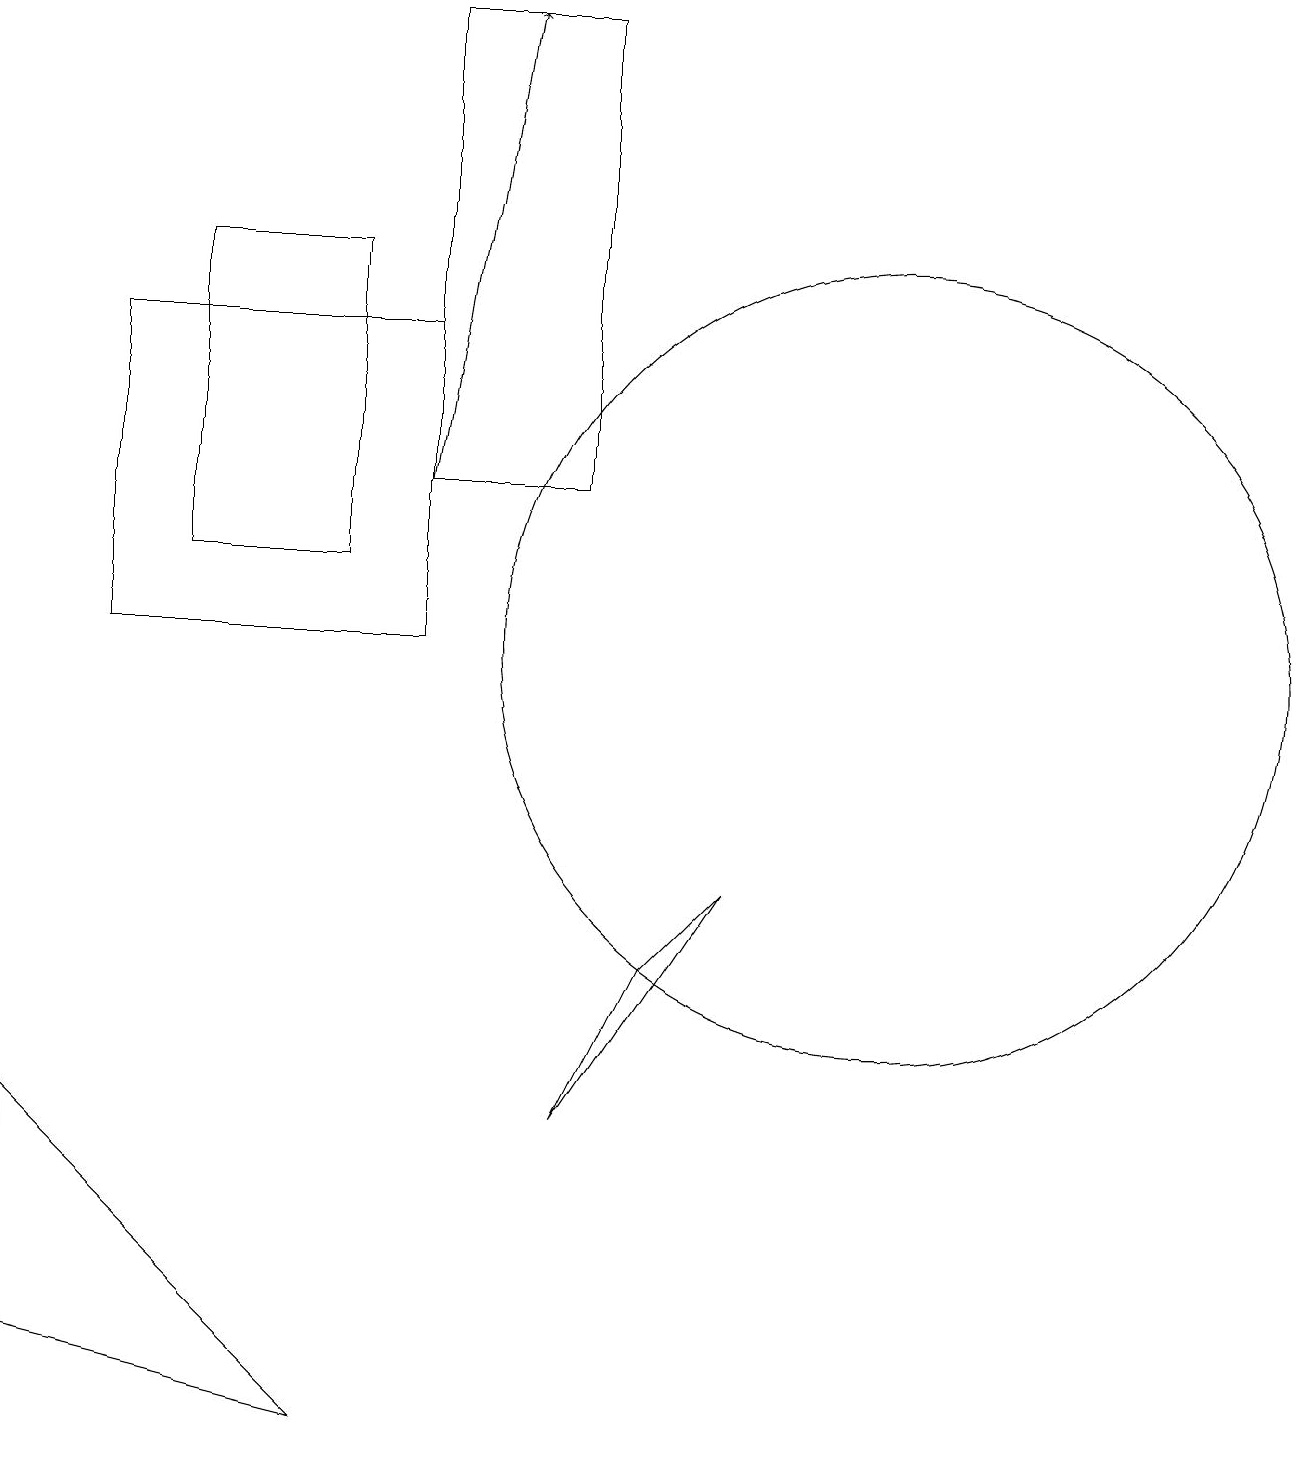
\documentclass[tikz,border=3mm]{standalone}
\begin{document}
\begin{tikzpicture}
\draw (9,8) -- (8,7) -- (7,5) -- cycle;
\draw (0,5) -- (4,1) -- (0,2) -- cycle;
\draw (11,11) circle (5);
\draw (2,16) rectangle (4,12);
\draw (7,19) rectangle (5,13);
\draw (1,15) rectangle (5,11);
\draw (11,10) circle (0);
\draw[->] (5,13) -- (6,19);
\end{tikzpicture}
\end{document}